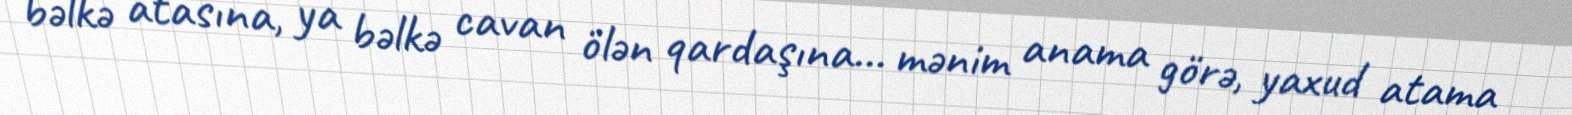
bəlkə atasına, ya bəlkə cavan ölən qardaşına... mənim anama görə, yaxud atama